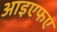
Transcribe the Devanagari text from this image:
आइएफए